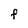
Character: F